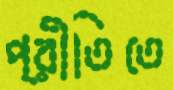
প্রীতিতে